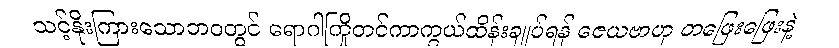
သင့်နိုးကြားသောဘဝတွင် ရောဂါကြိုတင်ကာကွယ်ထိန်းချုပ်ရန် ဇေယဗာဟု တဖြေးဖြေးနဲ့